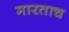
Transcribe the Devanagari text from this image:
मारताच